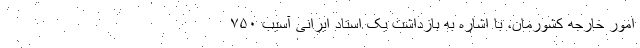
امور خارجه کشورمان، با اشاره به بازداشت یک استاد ایرانی آسیب ۷۵۰